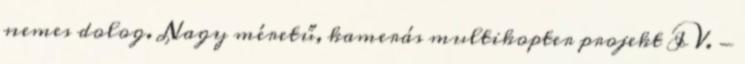
nemes dolog. Nagy méretű, kamerás multikopter projekt IV. -